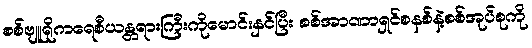
စစ်ဗျူရိုကရေစီယန္တရားကြီးကိုမောင်းနှင်ပြီး စစ်အာဏာရှင်စနစ်နဲ့စစ်အုပ်စုကို